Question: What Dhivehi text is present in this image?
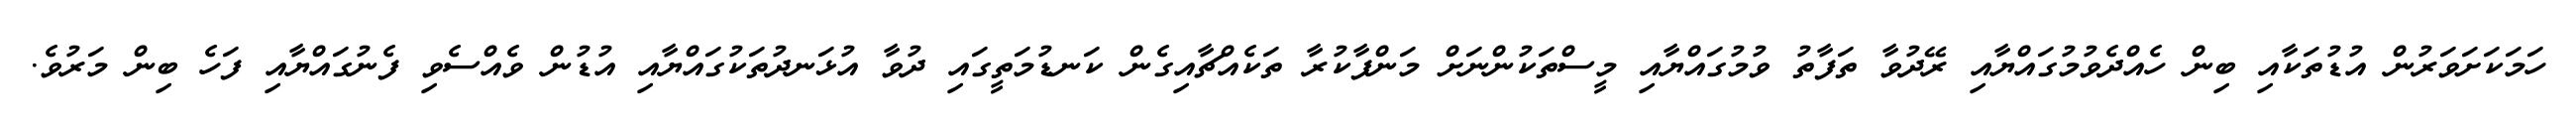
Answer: ހަމަކަށަވަރުން އުޑުތަކާއި ބިން ހެއްދެވުމުގައްޔާއި ރޭދުވާ ތަފާތު ވުމުގައްޔާއި މީސްތަކުންނަށް މަންފާކުރާ ތަކެއްޗާއިގެން ކަނޑުމަތީގައި ދުވާ އުޅަނދުތަކުގައްޔާއި އުޑުން ވެއްސެވި ފެނުގައްޔާއި ފަހެ ބިން މަރުވެ.